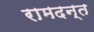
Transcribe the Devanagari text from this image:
रामदन्त